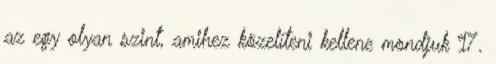
az egy olyan szint, amihez közelí­teni kellene mondjuk 17.